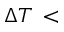
\Delta T \, <